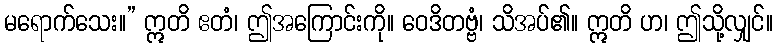
မရောက်သေး။” ဣတိ ဧတံ၊ ဤအကြောင်းကို။ ဝေဒိတဗ္ဗံ၊ သိအပ်၏။ ဣတိ ဟ၊ ဤသို့လျှင်။